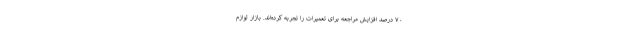
۷۰ درصد افزایش مراجعه برای تعمیرات را تجربه کرده‌اند. بازار لوازم